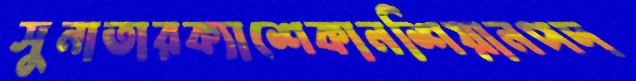
সুনাতারক্যাশেকানশিয়ানপদ